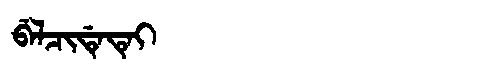
Manchu: ᠪᡝᠯᠴᡳᡩᡝᡨᡝᡳ
Romanization: BELCIDETEI